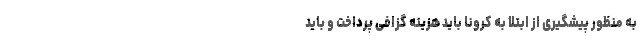
به منظور پیشگیری از ابتلا به کرونا باید هزینه گزافی پرداخت و باید